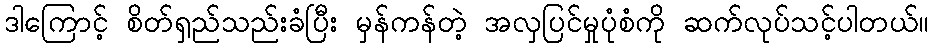
ဒါကြောင့် စိတ်ရှည်သည်းခံပြီး မှန်ကန်တဲ့ အလှပြင်မှုပုံစံကို ဆက်လုပ်သင့်ပါတယ်။